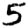
Digit: 5